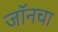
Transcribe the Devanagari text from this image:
जॉनचा